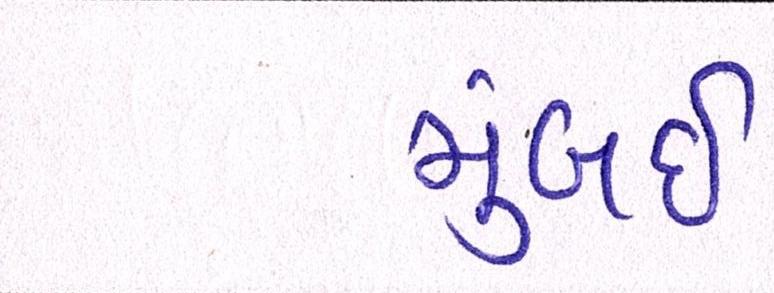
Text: મુંબઈઃ